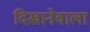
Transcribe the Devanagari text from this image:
दिखानेवाला